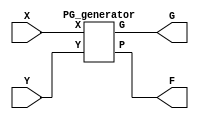
//NAME: Griffin, Faith Juliamae O. SECTION: S11

`timescale 1ns / 1ps
module half_adder(F, G, X, Y);
	output F, G;
	input X, Y;
	PG_generator z1(F, G, X, Y);
endmodule

module PG_generator(P, G, X, Y);
	output P, G;
	input X, Y;
	assign P = X ^ Y;
	assign G = X & Y;
endmodule

module full_adder(F, G, X, Y, Z);
	output F, G;
	input X, Y, Z;
	wire P1, P2;
	half_adder z1(P1, P2, X, Y);
	assign F = P1 ^ Z;
	assign G = P1 & (Z | (X & Y));
endmodule

module sum(S, P, C);
	output S;
	input P, C;
	assign S = P ^ C;
endmodule

module carry_lookahead_circuit_generator(P2, P3, P4, C5, C4, C3, C2, X, Y, C0);
	output P2, P3, P4, C5, C4, C3, C2;
	input [4:0]X;
	input [4:0]Y;
	input C0;
	wire G4, G3, G2, G1, G0, P1, P0;
	PG_generator z0(P0, G0, X[0], Y[0]);
	PG_generator z1(P1, G1, X[1], Y[1]);
	PG_generator z2(P2, G2, X[2], Y[2]);
	PG_generator z3(P3, G3, X[3], Y[3]);
	PG_generator z4(P4, G4, X[4], Y[4]);
	assign C2 = G1 | (P1 & G0) | (P1 & P0 & C0);
	assign C3 = G2 | (P2 & G1) | (P2 & P1 & G0) | (P2 & P1 & P0 & C0);
	assign C4 = G3 | (P3 & G2) | (P3 & P2 & G1) | (P3 & P2 & G0) | (P3 & P2 & P1 & P0 & C0);
	assign C5 = G4 | (P4 & G3) | (P4 & P3 & G2) | (P4 & P3 & G1) | (P4 & P3 & G0) | (P4 & P3 & P2 & P1 & P0 & C0);
endmodule

module hybrid_adder_circuit(S, C8, X, Y, C0);
	input [7:0]X;
	input [7:0]Y; 
	input C0;
	output [7:0]S;
	output C8;
	wire P2, P3, P4, C1, C2, C3, C4, C5, C6, C7;

	full_adder z1(S[0], C1, X[0], Y[0], C0);
	assign S[1] = X[1] ^ Y[1] ^ C1;
	carry_lookahead_circuit_generator z3(P2, P3, P4, C5, C4, C3, C2, X[4:0], Y[4:0], C0);
	sum z4(S[2], P2, C2);
	sum z5(S[3], P3, C3);
	sum z6(S[4], P4, C4);
	full_adder z7(S[5], C6, X[5], Y[5], C5);
	full_adder z8(S[6], C7, X[6], Y[6], C6);
	full_adder z9(S[7], C8, X[7], Y[7], C7);
endmodule